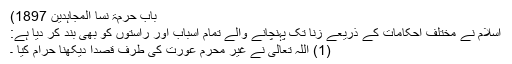
باب حرمۃ نسا المجاہدین 1897)
اسلام نے مختلف احکامات کے ذریعے زنا تک پہنچانے والے تمام اسباب اور راستوں کو بھی بند کر دیا ہے:
(1) اللہ تعالیٰ نے غیر محرم عورت کی طرف قصداً دیکھنا حرام کیا ۔